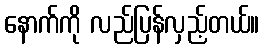
နောက်ကို လည်ပြန်လှည့်တယ်။